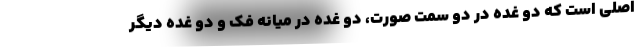
اصلی است که دو غده در دو سمت صورت، دو غده در میانه فک و دو غده دیگر